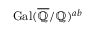
{ \mathrm { G a l } } ( { \overline { { \mathbb { Q } } } } / \mathbb { Q } ) ^ { a b }